Report of the Indian Hemp Drugs Commission, 1894-1895 - Volume III
Year: 1894
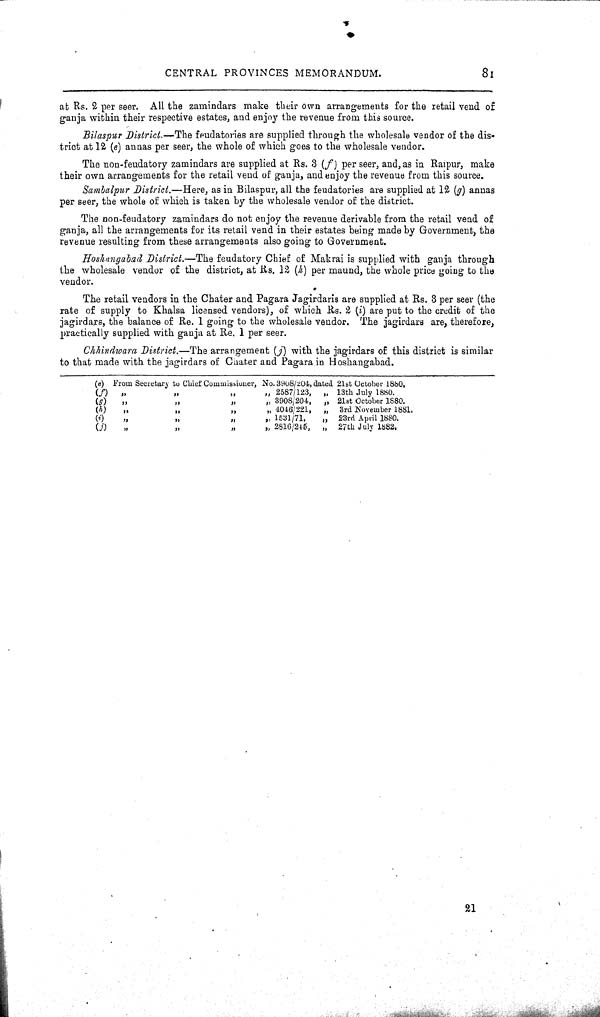
CENTRAL PROVINCES MEMORANDUM.
81
at Rs. 2 per seer. All the zamindars make their own arrangements for the retail vend of
ganja within their respective estates, and enjoy the revenue from this source.
Bilaspur District.—The feudatories are supplied through the wholesale vendor of the dis-
trict at 12 (e) annas per seer, the whole of which goes to the wholesale vendor.
The non-feudatory zamindars are supplied at Rs. 3 (f) per seer, and, as in Raipur, make
their own arrangements for the retail vend of ganja, and enjoy the revenue from this source.
Sambalpur District.—Here, as in Bilaspur, all the feudatories are supplied at 12 (g) annas
per seer, the whole of which is taken by the wholesale vendor of the district.
The non-feudatory zamindars do not enjoy the revenue derivable from the retail vend of
ganja, all the arrangements for its retail vend in their estates being made by Government, the
revenue resulting from these arrangements also going to Government.
Hoshangabad District.—The feudatory Chief of Makrai is supplied with ganja through
the wholesale vendor of the district, at Rs. 12 (h) per maund, the whole price going to the
vendor.
The retail vendors in the Chater and Pagara Jagirdaris are supplied at Rs. 3 per seer (the
rate of supply to Khalsa licensed vendors), of which Rs. 2 (i) are put to the credit of the
jagirdars, the balance of Re. 1 going to the wholesale vendor. The jagirdars are, therefore,
practically supplied with ganja at Re. 1 per seer.
Chhindwara District.—The arrangement (j) with the jagirdars of this district is similar
to that made with the jagirdars of Chater and Pagara in Hoshangabad.
(e) From Secretary to Chi ef Commi ssi oner, No. 3908/204, dated 21st October 1880.
(f) "
"
"
" 2587/123, " 13th July 1880.
(g) "
"
"
" 3908/204, " 21st October 1880.
(h) "
"
"
" 4046/221, " 3rd November 1881.
(i)
"
"
"
" 1531/71, " 23rd April 1880.
(j) "
"
"
" 2816/245, " 27th July 1882.